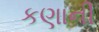
કણાની